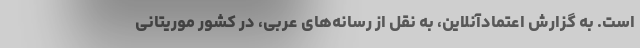
است. به گزارش اعتمادآنلاین، به نقل از رسانه‌های عربی، در کشور موریتانی